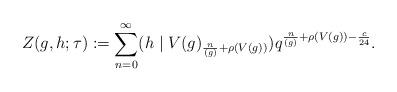
LaTeX: \begin{align*}Z(g,h;\tau):= \sum_{n=0}^\infty (h\mid V(g)_{\frac{n}{(g)}+\rho(V(g))})q^{\frac{n}{(g)}+\rho(V(g))-\frac{c}{24}}.\end{align*}